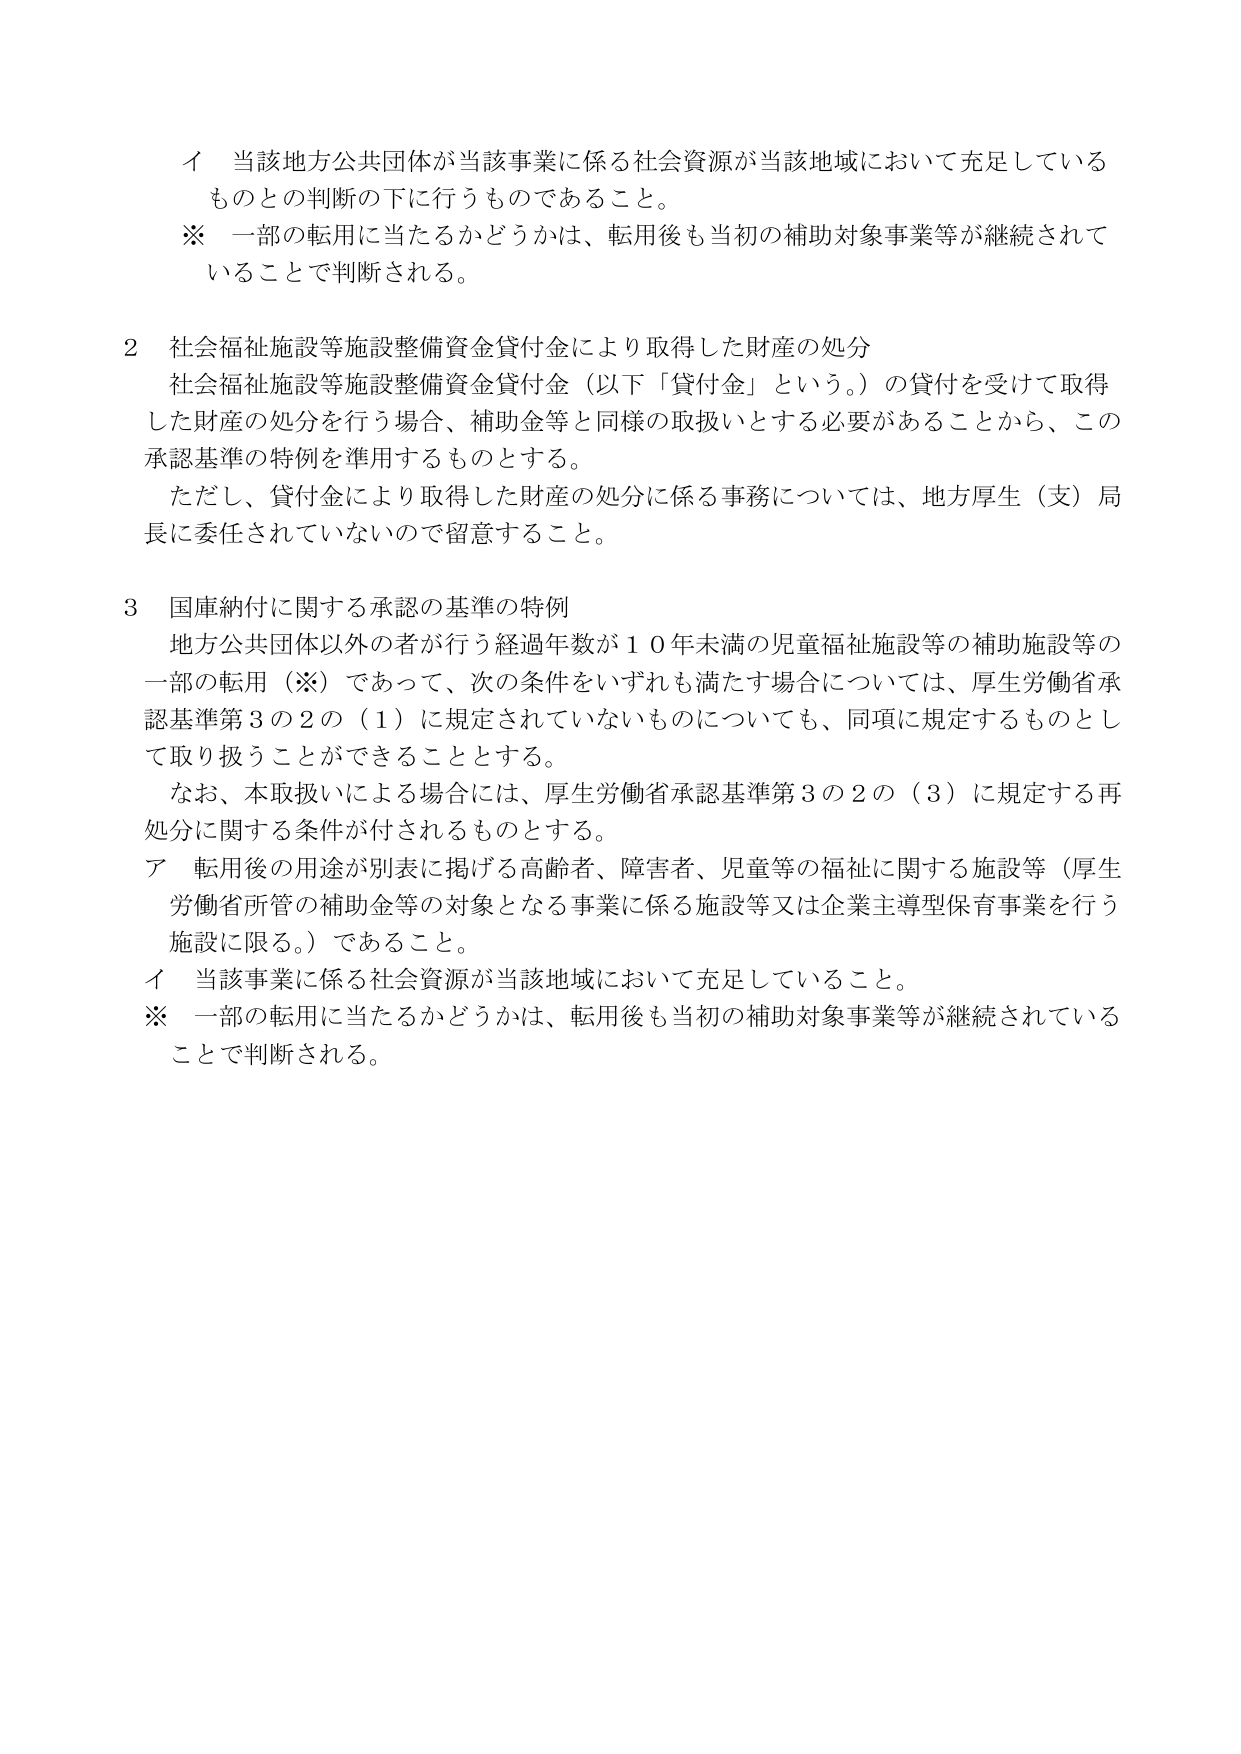
イ 当該地方公共団体が当該事業に係る社会資源が当該地域において充足しているものとの判断の下に行うものであること。

※ 一部の転用に当たるかどうかは、転用後も当初の補助対象事業等が継続されていることで判断される。

２ 社会福祉施設等施設整備資金貸付金により取得した財産の処分
社会福祉施設等施設整備資金貸付金（以下「貸付金」という。）の貸付を受けて取得した財産の処分を行う場合、補助金等と同様の取扱いとする必要があることから、この承認基準の特例を準用するものとする。
ただし、貸付金により取得した財産の処分に係る事務については、地方厚生（支）局長に委任されていないので留意すること。

３ 国庫納付に関する承認の基準の特例
地方公共団体以外の者が行う経過年数が１０年未満の児童福祉施設等の補助施設等の一部の転用（※）であって、次の条件をいずれも満たす場合については、厚生労働省承認基準第３の２の（１）に規定されていないものについても、同項に規定するものとして取り扱うことができるものとする。
なお、本取扱いによる場合には、厚生労働省承認基準第３の２の（３）に規定する再処分に関する条件が付されるものとする。
ア 転用後の用途が別表に掲げる高齢者、障害者、児童等の福祉に関する施設等（厚生労働省所管の補助金等の対象となる事業に係る施設等又は企業主導型保育事業を行う施設に限る。）であること。
イ 当該事業に係る社会資源が当該地域において充足していること。
※ 一部の転用に当たるかどうかは、転用後も当初の補助対象事業等が継続されていることで判断される。